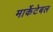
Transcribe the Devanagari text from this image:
मार्केटेबल